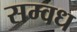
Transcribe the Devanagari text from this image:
सम्वध